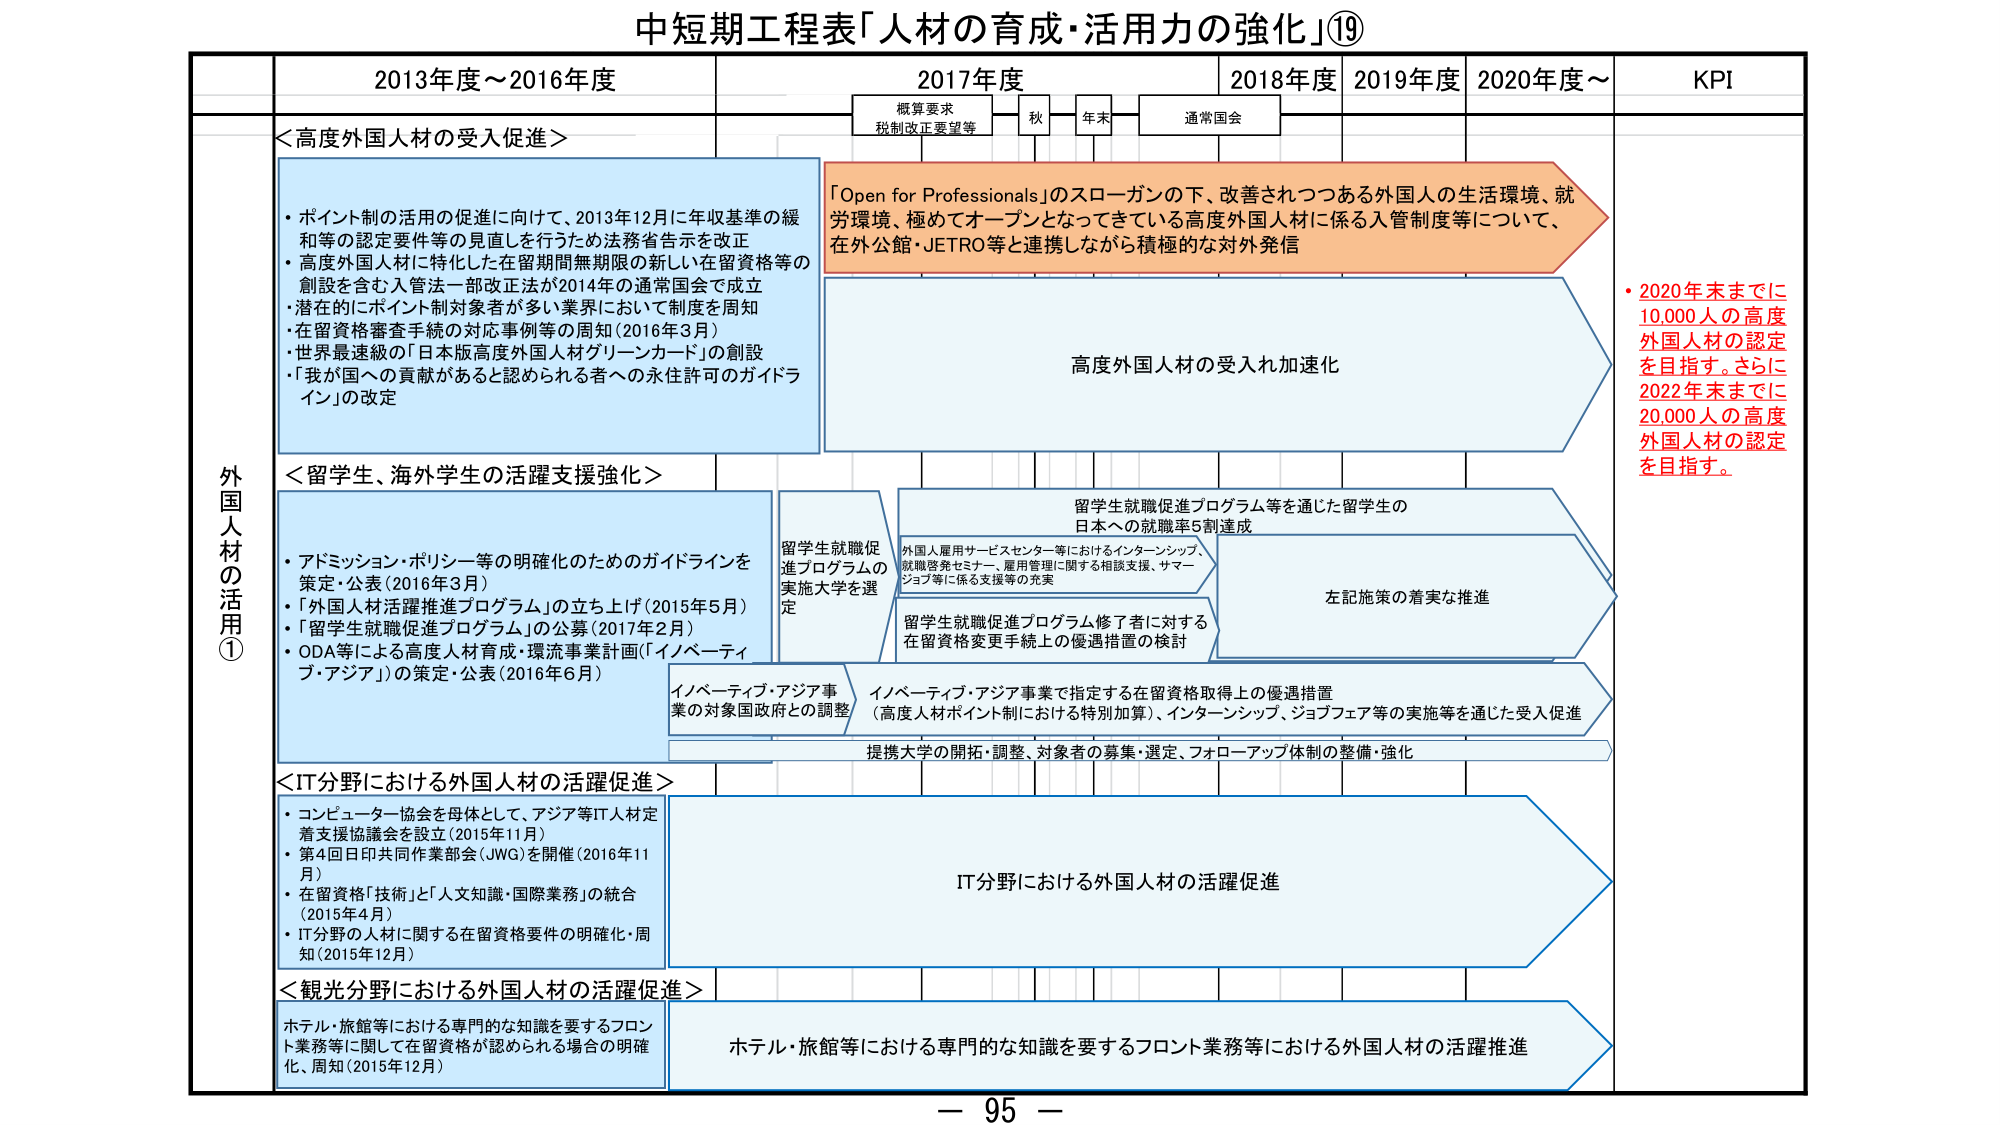
中短期工程表「人材の育成・活用力の強化」⑲

2013年度～2016年度
2017年度
2018年度
2019年度
2020年度～
KPI

概算要求
税制改正要望等
秋
年末
通常国会

外国人材の活用①

＜高度外国人材の受入促進＞
・ポイント制の活用の促進に向けて、2013年12月に年収基準の緩和等の認定要件等の見直しを行うため法務省告示を改正
・高度外国人材に特化した在留期間無期限の新しい在留資格等の創設を含む入管法一部改正法が2014年の通常国会で成立
・潜在的にポイント制対象者が多し業界において制度を周知
・在留資格審査手続の対応事例等の周知（2016年3月）
・世界最速級の「日本版高度外国人材グリーンカード」の創設
・「我が国への貢献があると認められる者への永住許可のガイドライン」の改定

「Open for Professionals」のスローガンの下、改善されつつある外国人の生活環境、就労環境、極めてオープンとなってきている高度外国人材に係る入管制度等について、在外公館・JETRO等と連携しながら積極的な対外発信

高度外国人材の受入加速化

・2020年末までに10,000人の高度外国人材の認定を目指す。さらに2022年末までに20,000人の高度外国人材の認定を目指す。

＜留学生、海外学生の活躍支援強化＞
・アドミッション・ポリシー等の明確化のためのガイドラインを策定・公表（2016年3月）
・「外国人材活躍推進プログラム」の立ち上げ（2015年5月）
・「留学生就職促進プログラム」の公募（2017年2月）
・ODA等による高度人材育成・環境事業計画（「イノベーティブ・アジア」）の策定・公表（2016年6月）

留学生就職促進プログラムの実施大学を選定

留学生就職促進プログラム等を通じた留学生の日本への就職率5割達成

外国人雇用サービスセンター等におけるインターンシップ、就職啓発セミナー、雇用管理に関する相談支援、サマージョブ等に係る支援等の充実

左記施策の着実な推進

留学生就職促進プログラム修了者に対する在留資格変更手続上の優遇措置の検討

イノベーティブ・アジア事業の対象国政府との調整

イノベーティブ・アジア事業で指定する在留資格取得上の優遇措置（高度人材ポイント制における特別加算）、インターンシップ、ジョブフェア等の実施等を通じた受入促進

提携大学の開拓・調整、対象者の募集・選定、フォローアップ体制の整備・強化

＜IT分野における外国人材の活躍促進＞
・コンピューター協会を母体として、アジア等IT人材定着支援協議会を設立（2015年11月）
・第4回日印共同作業部会（JWG）を開催（2016年11月）
・在留資格「技術」と「人文知識・国際業務」の統合（2015年4月）
・IT分野の人材に関する在留資格要件の明確化・周知（2015年12月）

IT分野における外国人材の活躍促進

＜観光分野における外国人材の活躍促進＞
ホテル・旅館等における専門的な知識を要するフロント業務等に関して在留資格が認められる場合の明確化、周知（2015年12月）

ホテル・旅館等における専門的な知識を要するフロント業務等における外国人材の活躍推進

－ 95 －